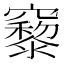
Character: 𥨹